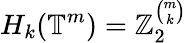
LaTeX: H_{k}(\mathbb{T}^{m})=\mathbb{Z}_{2}^{\binom{m}{k}}